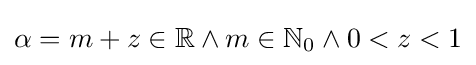
{\textstyle \alpha =m+z\in \mathbb {R} \wedge m\in \mathbb {N} _{0}\wedge 0<z<1}